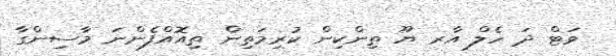
ވަޓް ދަ ހެލް އާރ ޔޫ ތިންކިން ކުރިމަތިން ތިއޮއްފެންނަ މާސިންގާ